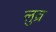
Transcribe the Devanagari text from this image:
लुव्र